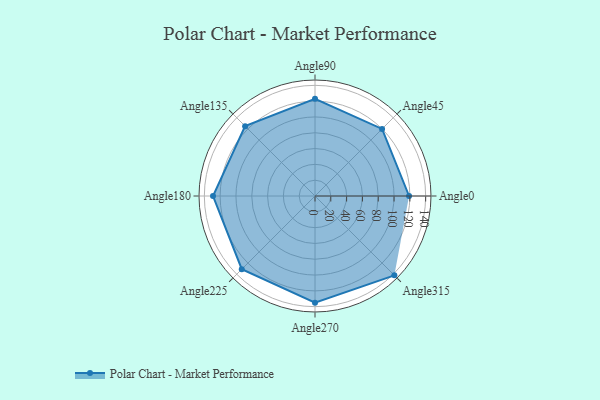
{"axis": {"x": "Angle", "y": "Radius"}, "legend": [""], "data": [{"x": "Angle0", "y": 119.0, "type": ""}, {"x": "Angle45", "y": 120.0, "type": ""}, {"x": "Angle90", "y": 123.0, "type": ""}, {"x": "Angle135", "y": 125.0, "type": ""}, {"x": "Angle180", "y": 129.0, "type": ""}, {"x": "Angle225", "y": 131.0, "type": ""}, {"x": "Angle270", "y": 135.0, "type": ""}, {"x": "Angle315", "y": 142.0, "type": ""}]}